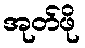
အုတ်ဖို